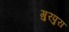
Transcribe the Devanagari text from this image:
गुरपुरा